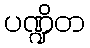
ပဏ္ဍိတ